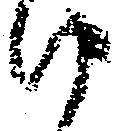
け